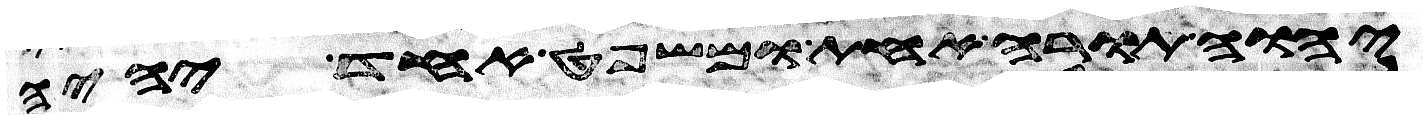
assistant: יהוה תורה אחת ומשפט אחד יהיה